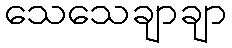
သေသေချာချာ